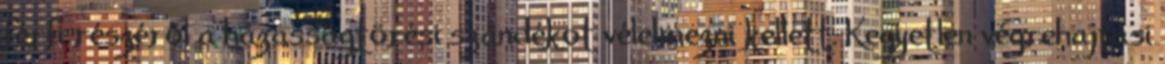
férfi részéről a házasságtörési szándékot vélelmezni kellett. Kegyetlen végrehajtási